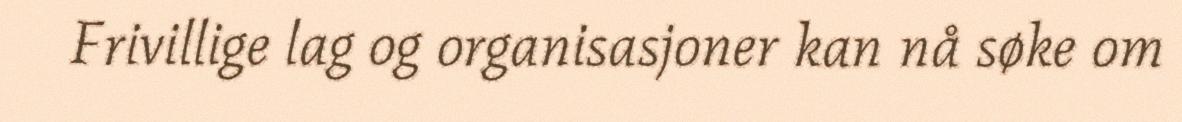
Frivillige lag og organisasjoner kan nå søke om